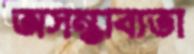
অসম্ভাব্যতা